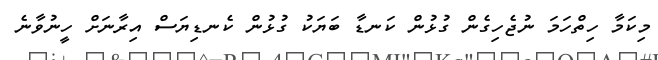
މިކަމާ ހިތްހަމަ ނުޖެހިގެން ގުޅުން ކަނޑާ ބަޔަކު ގުޅުން ކެނޑިޔަސް އިރާނަށް ހީނުވާނެ